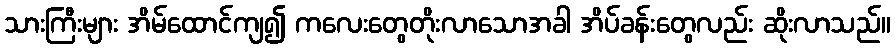
သားကြီးများ အိမ်ထောင်ကျ၍ ကလေးတွေတိုးလာသောအခါ အိပ်ခန်းတွေလည်း ဆိုးလာသည်။